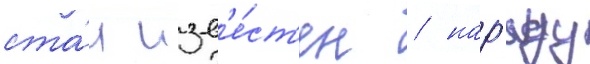
ста́л изв'е́ст'ен / нар'яду